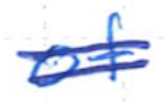
Text: of
Cross-out: double-line
Writing tool: ballpoint